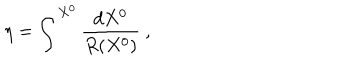
\eta = \int ^ { X ^ { 0 } } \frac { d X ^ { 0 } } { R ( X ^ { 0 } ) } ~ ,